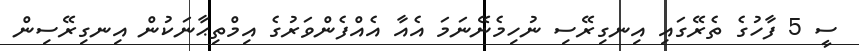
ސީ 5 ފާހުގެ ތެރޭގައި އިނގިރޭސި ނުހިމެނޭނަމަ އެއާ އެއްފެންވަރުގެ އިމްތިޙާނަކުން އިނގިރޭސިން